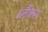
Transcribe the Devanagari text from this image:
प्लैंक्स